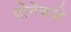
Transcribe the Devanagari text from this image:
दोनेकशे